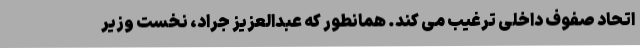
اتحاد صفوف داخلی ترغیب می کند. همانطور که عبدالعزیز جراد، نخست وزیر